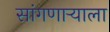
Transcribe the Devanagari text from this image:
सांगणाऱ्याला